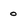
Character: o